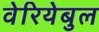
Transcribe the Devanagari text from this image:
वेरियेबुल